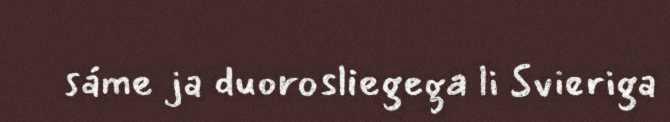
sáme ja duorosliegega li Svieriga